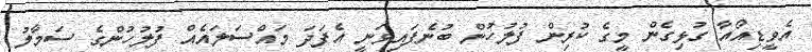
އެވީޑިއޯއާ ގުޅިގެން މީގެ ކުރިން ފުލުހުން ބުނެފައިވަނީ އެފަދަ މައްސަލައެއް ފުލުހުންގެ ސަމާލު